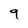
Character: 9